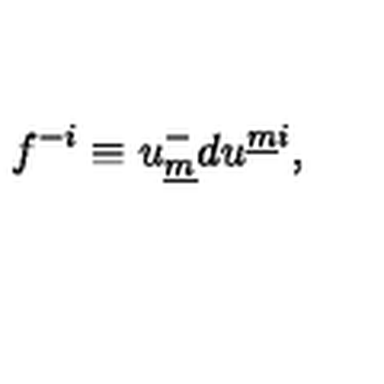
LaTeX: f ^ { - i } \equiv u _ { \underline { m } } ^ { - } d u ^ { \underline { { m } } i } ,